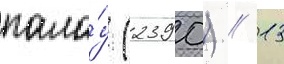
пала́у (2390) // 13